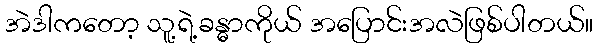
အဲဒါကတော့ သူ့ရဲ့ခန္ဓာကိုယ် အပြောင်းအလဲဖြစ်ပါတယ်။